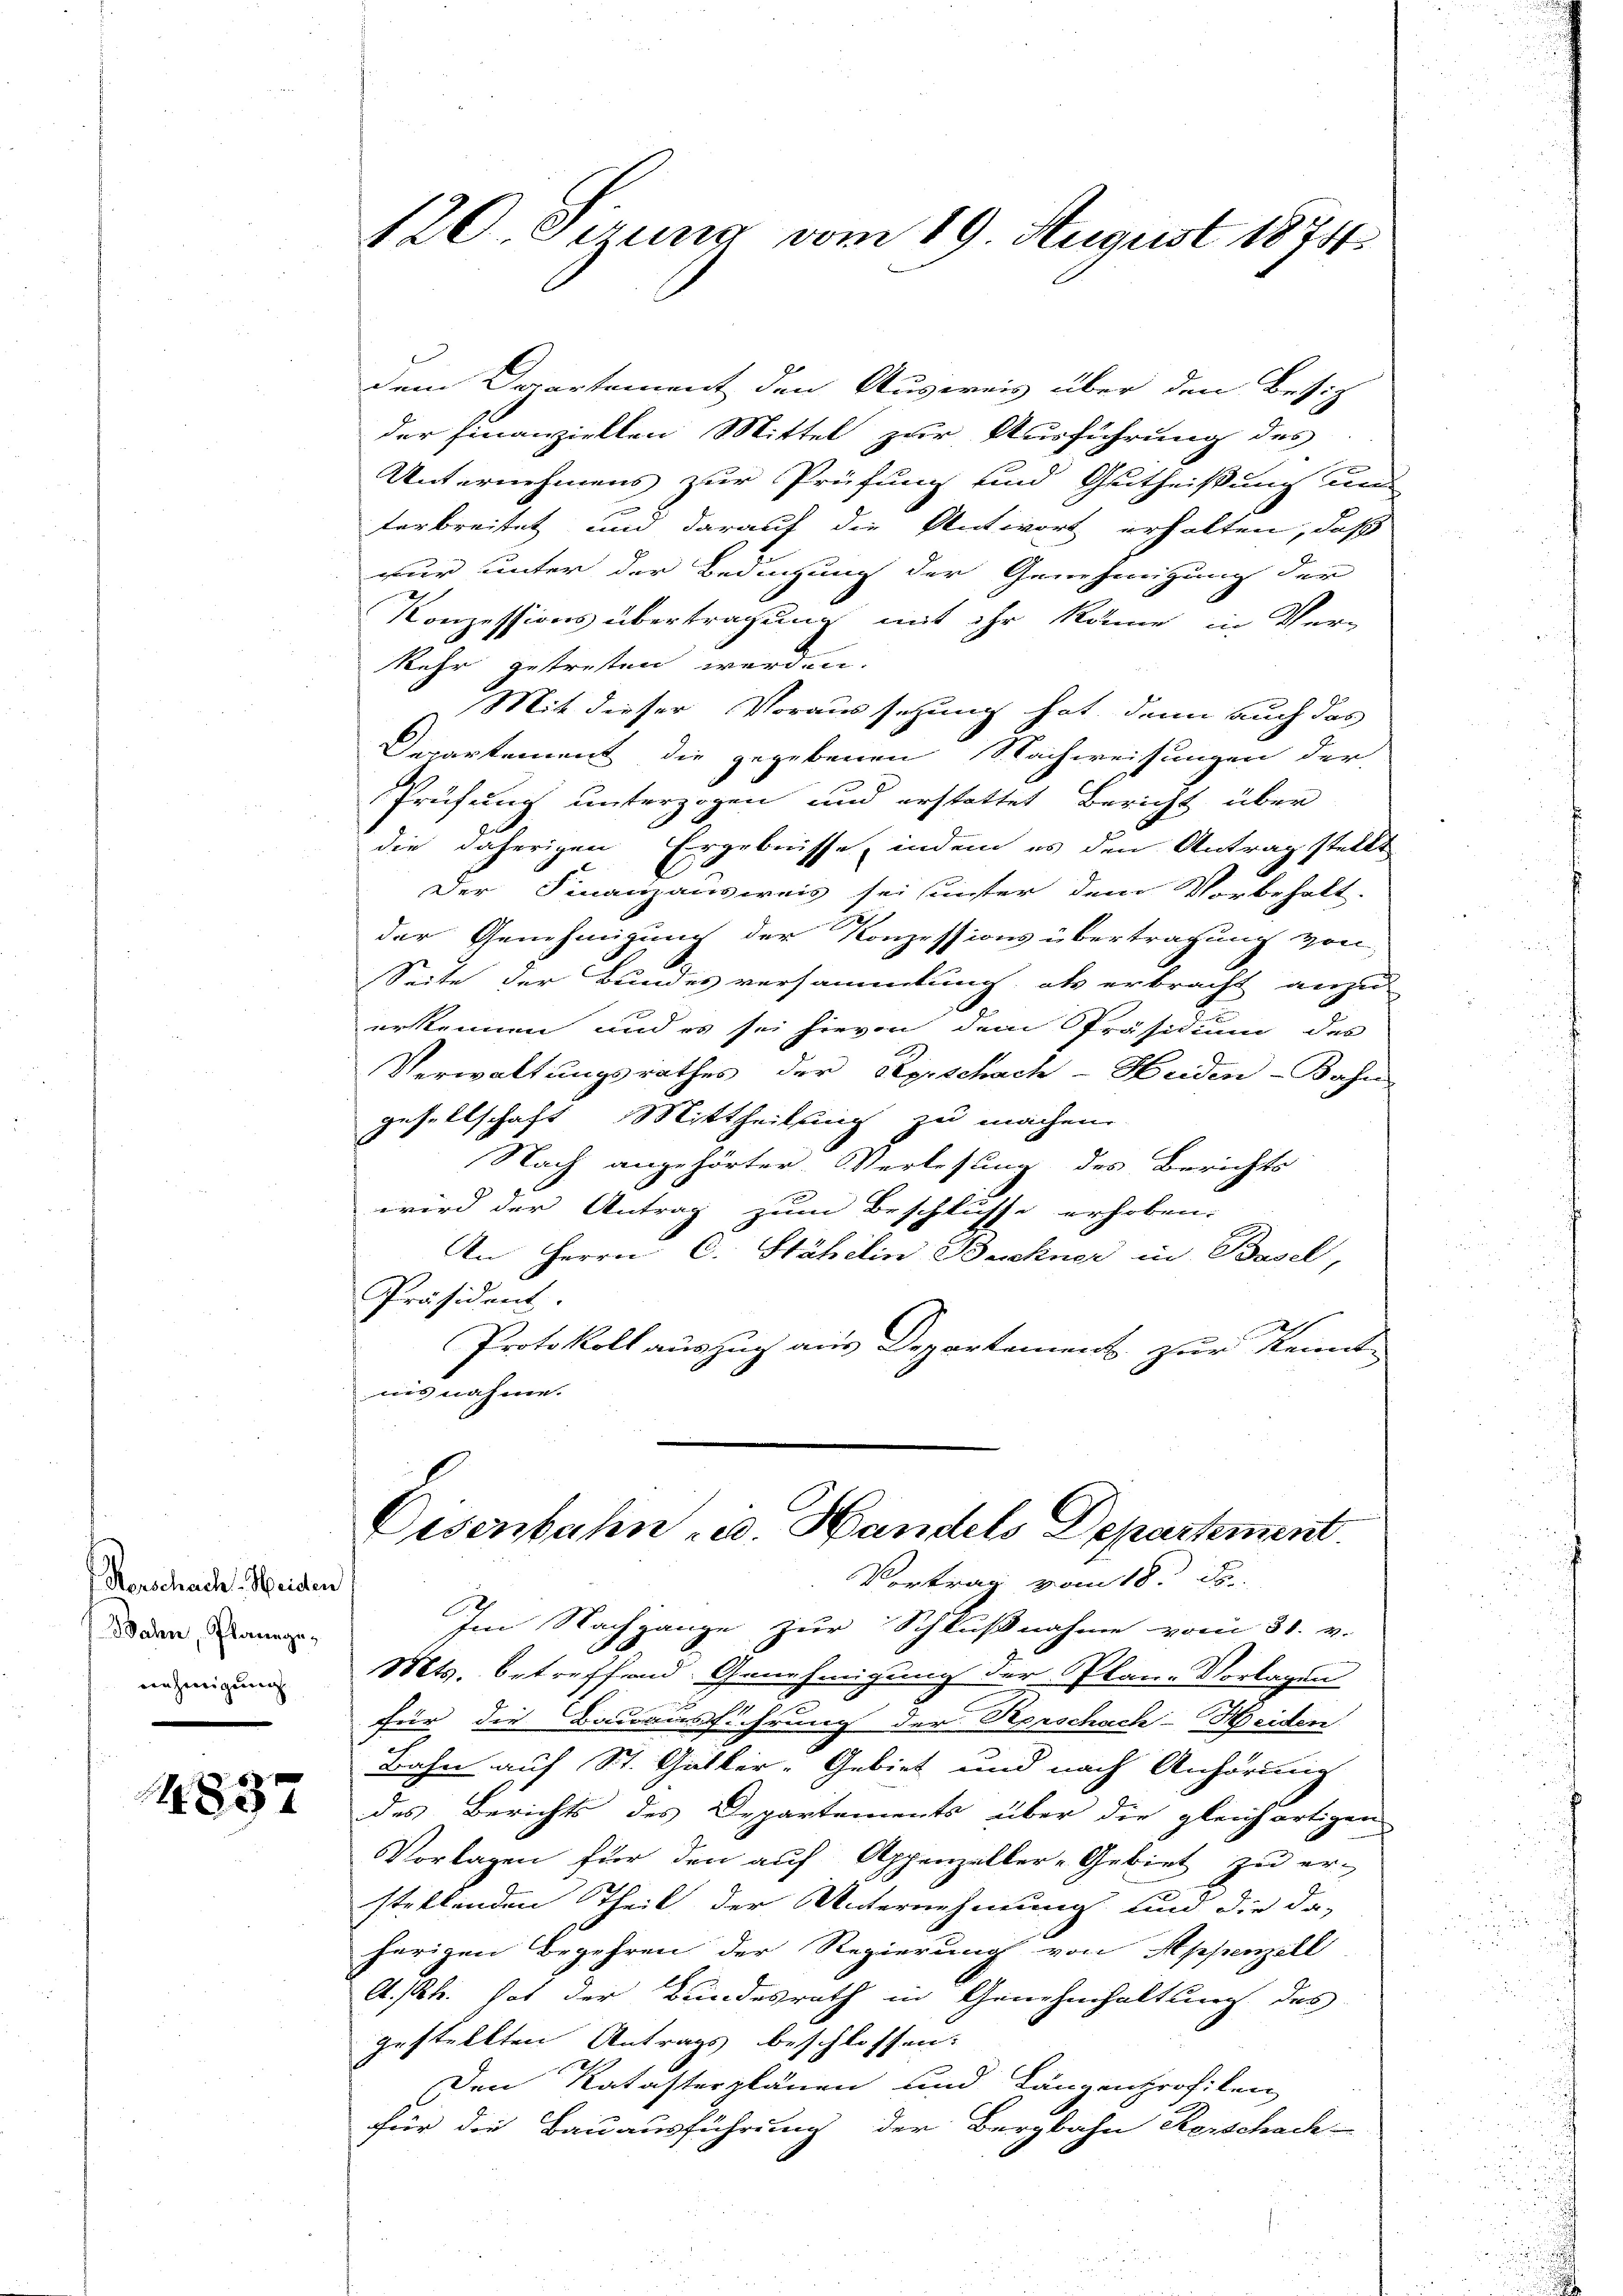
Kerschacht Heiden
Bahen, Planege,
nehmigung.

4837

120 Seung vom 19. August 1874

dem Departement den Ausweis über den Besiz
der Finanziellen Mittel zur Ausführung des
Unternehmens zur Prüfung und Gutheißung und
terbreitet und darauf die Antwort erhalten, daß
nur unter der Bedigung der Genehmigung der
Konzessions übertragung mit ihr könne in Ver-
kehr getresten werden.
Mit dieser Voraussetzung hat, denn auch das
Departement die gegebenen Nachweisungen der
Prüfung unterzogen und erstattet Bericht über
die daherigen Ergebnisse, indem es den Antrag stellt
Der Finanzausweis sei unter dem Vorbehalt.
e
der Genehmigung der Konzessions übertragung von
Seite der Bundes versammlung, als erbracht anzu-
G
erkennen und es sei hievon dem Präsidium des
Verwaltungsrathes der Kerschach-Heiden-Bahn
gesellschaft Mittheilung zu machen.
Nach angehörter Verlesung des Berichts
wird der Antrag zum Beschlusse erhoben.
An Herrn C. Stähelin Buckner in Basel,
Präsident.
Protokoll auszug aus Departement zur Kennt-
nisnahme.
Cisenbahn u. Handels Departement.
Vortrag vom 18. ds.
Im Nachgange zur Schlußnahme vom 31. v.
f
Mts. betreffend Genehmigung der Plane Vorlagen
für die Bauausführung der Rorschach-Heiden
Bahn auf St. Galker-Gebiet und nach Anhörung
des Berichts des Departements über die gleichartigen
Vorlagen für den auf Appenzeller-Gebiet zu er-
stellenden Theil der Unternehmung und die da-
herigen Begehren der Regierung von Appenzell
A.Rh. hat der Bundesrath in Genehmhaltung des
gestellten Antrags beschlossen:
Den Katasterplänen und Längenprofiten
für die Bauausführung der Bergbahn Kerschach-